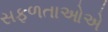
સફળતાઓએ